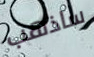
ساذهب